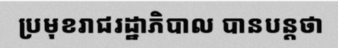
ប្រមុខរាជរដ្ឋាភិបាល បានបន្តថា